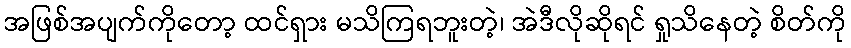
အဖြစ်အပျက်ကိုတော့ ထင်ရှား မသိကြရဘူးတဲ့၊ အဲဒီလိုဆိုရင် ရှုသိနေတဲ့ စိတ်ကို